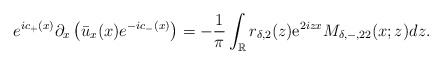
\begin{align*}e^{ic_+(x)} \partial_{x}\left(\bar{u}_x(x) e^{-ic_-(x)}\right)=-\frac{1}{\pi} \int_{\mathbb{R}} r_{\delta,2}(z) \mathrm{e}^{2 i z x} M_{\delta,-,22}(x ;z) dz.\end{align*}